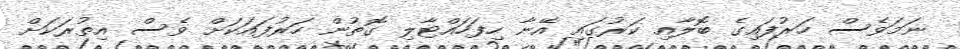
ނަމަވެސް ހަރުފައިގެ ބޮލާއި ކަރުގައި އޭނާ ހިފަހައްޓާލި ގޮތުން ހަރުފައަކަށް ވެސް އިތުރަަކަށް